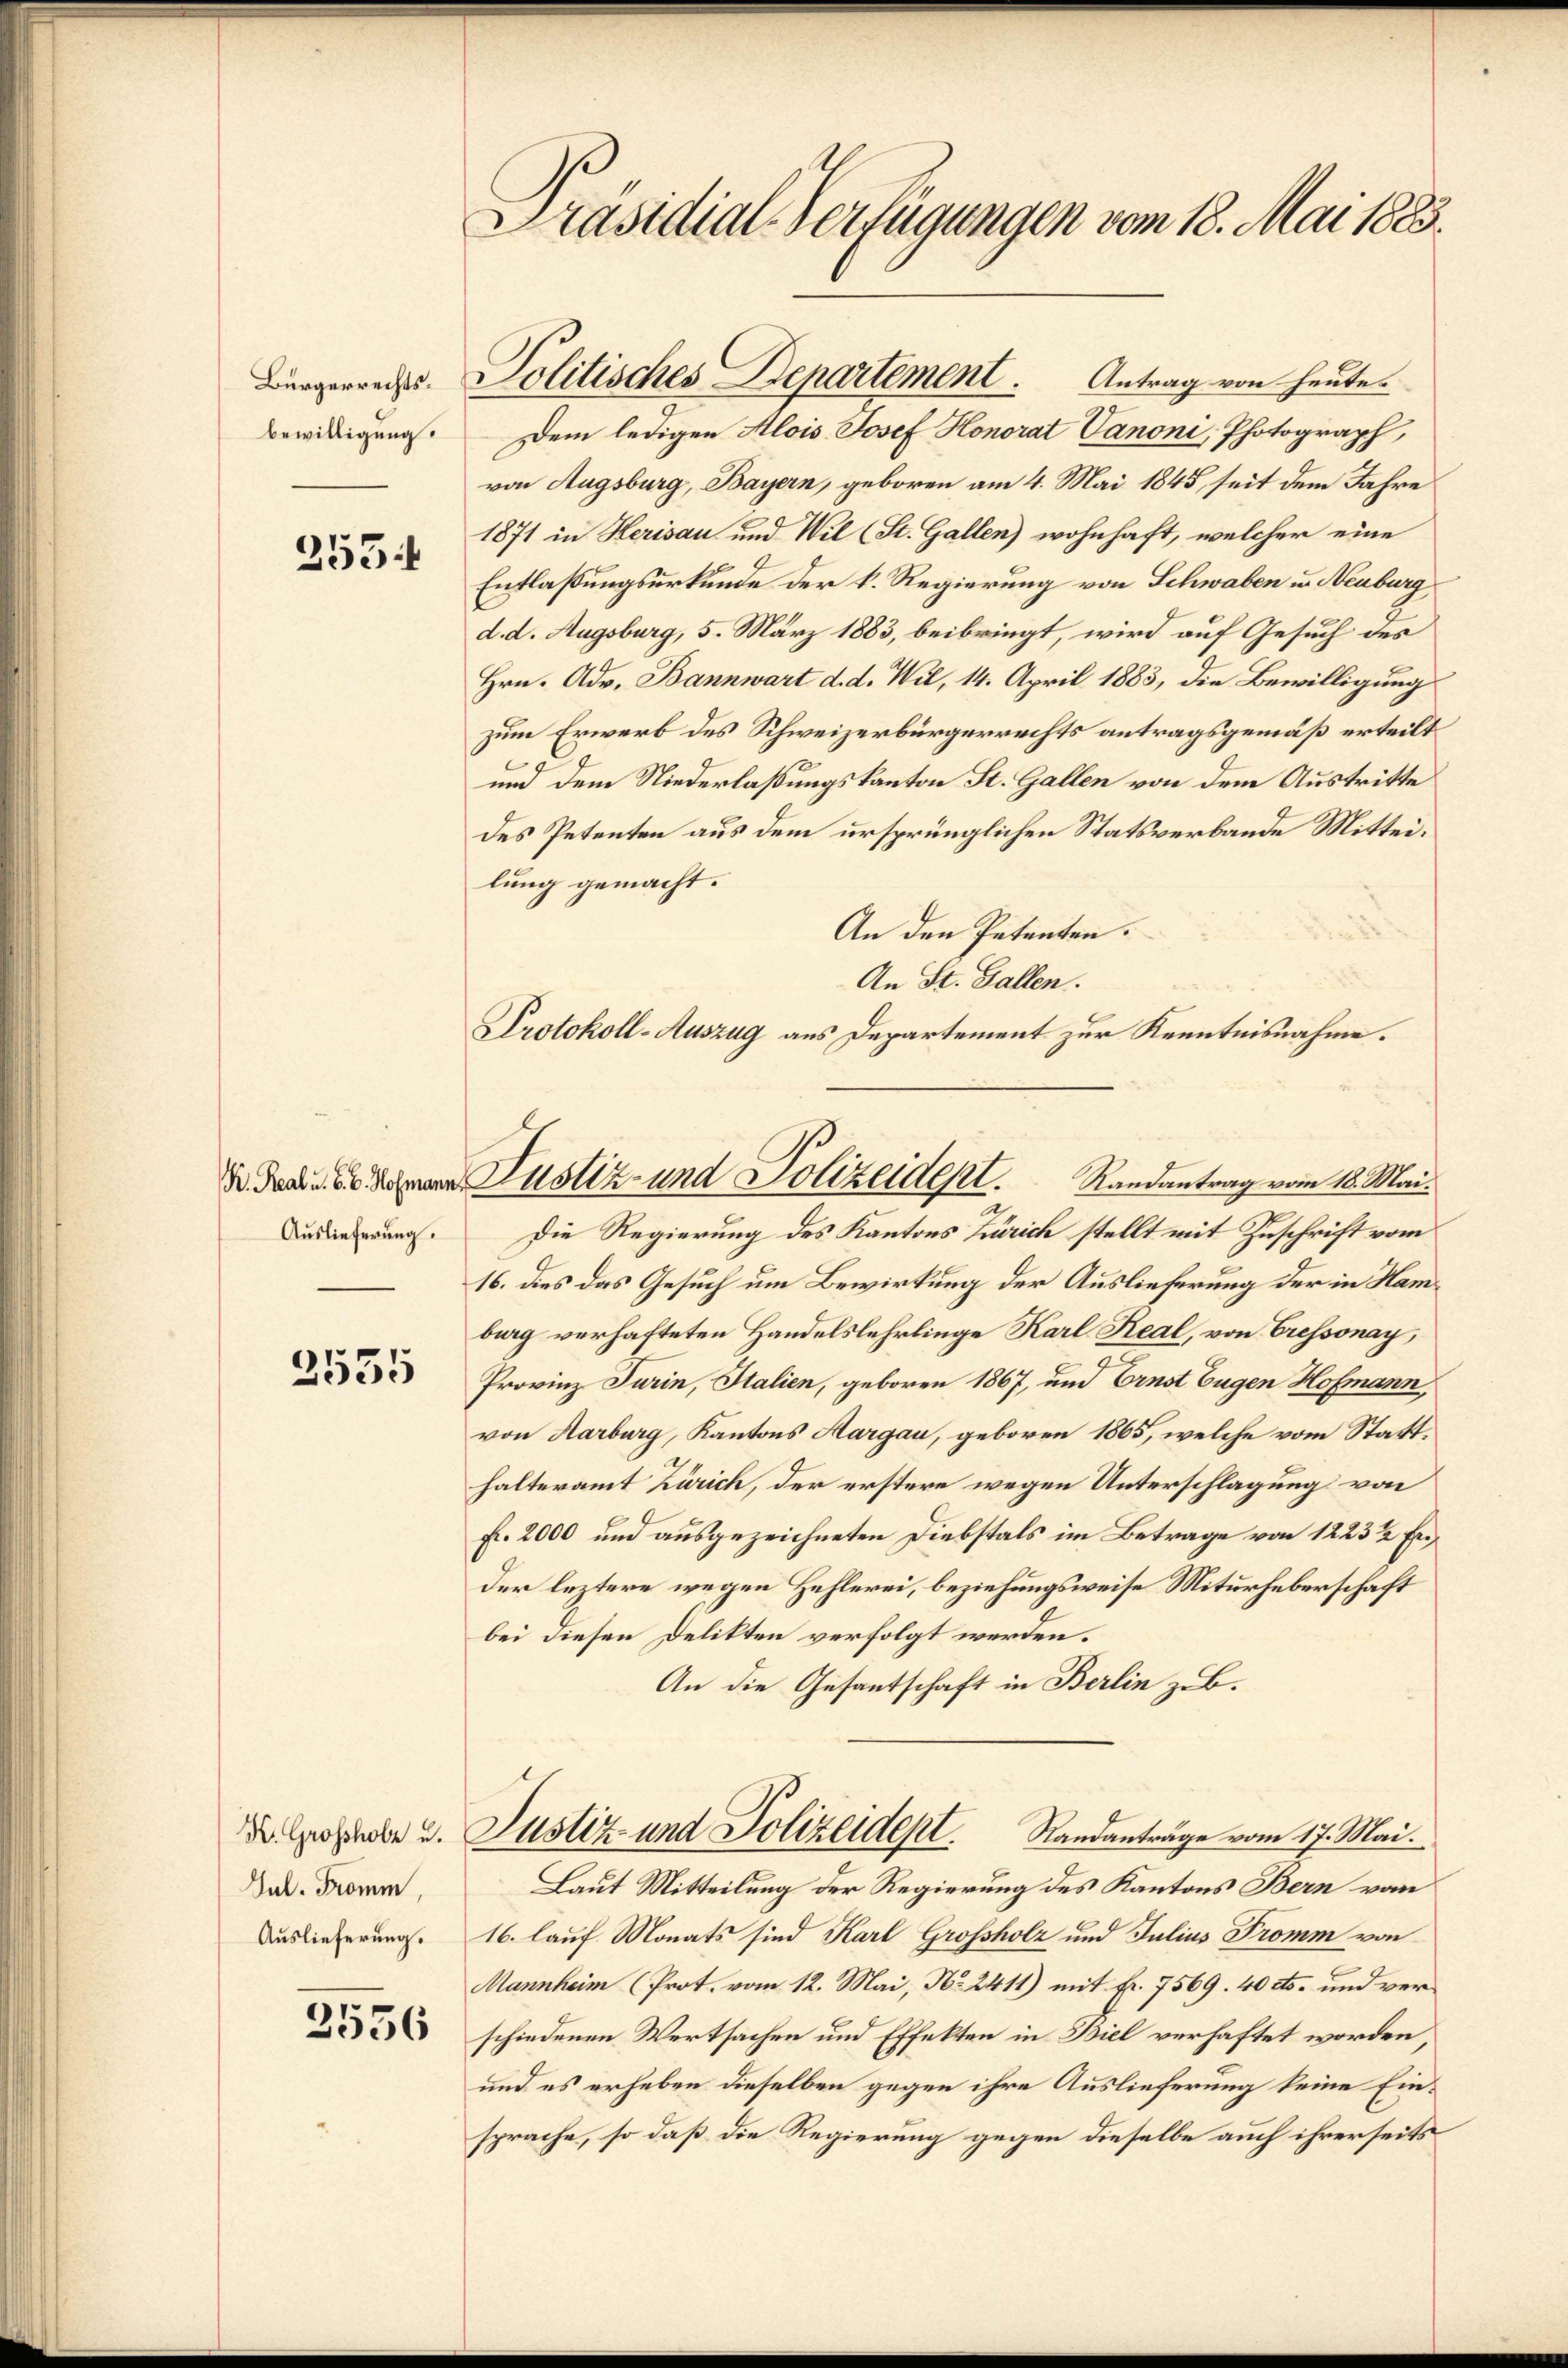
Bürgerrechtsbewilligung.

253.

Auslieferung.

3535

Xr. Grossholz u.
Jul. Tromm,
Auslieferung.

3556

Präsidial-Verfügungen vom 18. Mai 1883.

Dem ledigen Alois Josef Honorat Vanoni, Photograph,
von Augsburg, Bayern, geboren am 4. Mai 1848, seit dem Jahre
1871 in Herisau und Wil (St. Gallen) wohnhaft, welcher eine
Entlaßungsurkunde der k. Regierung von Schwaben u. Neuburg
d. d. Augsburg, 5. März 1883, beibringt, wird auf Gesuch des
Hrn. Adv. Bannwart d. d. Wil, 14. April 1883, die Bewilligung
zum Erwerb des Schweizerbürgerrechts antragsgemäß erteilt
und dem Niederlassungskanton St. Gallen von dem Austritte
des Petenten aus dem ursprünglichen Statsverbande Mitteilung gemacht.
An den Petenten.
An St. Gallen.
Protokoll-Auszug aus Departement zur Kenntnisnahme.

Politisches Departement. Antrag von heute.

B. Da der Justiz- und Polizeidet. Randantrag vom 18. Mai.

Die Regierung des Kantons Zürich stellt mit Zuschrift vom
16. dies das Gesuch um Bewirkung der Auslieferung der in Hamburg verhafteten Handelslehrlinge Karl Real, von Cressonay,
Provinz Turin, Italien, geboren 1867, und Ernst Eugen Hofmann,
von Aarburg, Kantons Aargau, geboren 1865, welche vom Statthalteramt Zürich, der erstere wegen Unterschlagung von
f. 2000 und ausgezeichneten Diebstals im Betrage von 1223 1/2 Fr
der leztere wegen Hehlerei, beziehungsweise Miturheberschaft
bei diesen Delikten verfolgt werden.
An die Gesantschaft in Berlin z. B.
Justiz- und Polizeidept. Standanträge vom 17. Mai.
Laut Mitteilung der Regierung des Kantons Bern von
16. lauf Monats sind Karl Grossholz und Julius Tromm von
Mannheim (Prot. vom 12. Mai, No. 2411) mit Fr. 7569. 40 cts. und verschiedenen Wertsachen und Effekten in Biel verhaftet worden,
und es erheben dieselben gegen ihre Auslieferung keine Einsprache, so daß die Regierung gegen dieselbe auch ihrerseits